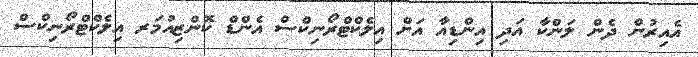
އެއިރުން ދެން ލަންކާ އަދި އިންޑިއާ އަށް އިލެކްޓްރޯނިކްސް އެންޑް ކޮންޒިއުމަރ އިލެކްޓްރޯނިކްސް